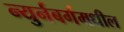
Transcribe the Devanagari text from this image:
न्युर्नबर्गमधील